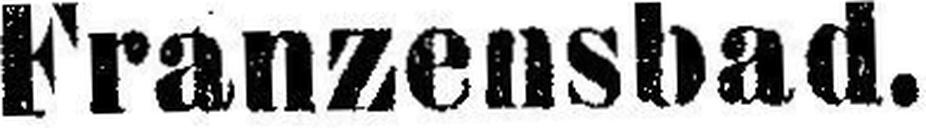
Franzensbad.